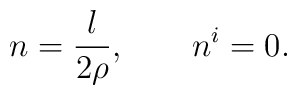
n =\frac{l}{2\rho}, \qquad n^i=0.